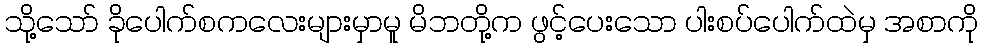
သို့သော် ခိုပေါက်စကလေးများမှာမူ မိဘတို့က ဖွင့်ပေးသော ပါးစပ်ပေါက်ထဲမှ အစာကို